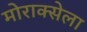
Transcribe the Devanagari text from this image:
मोराक्सेला